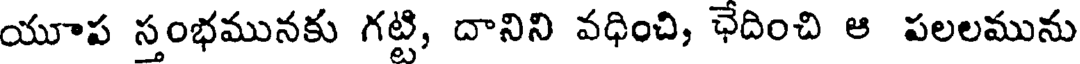
యూప స్తంభమునకు గట్టి, దానిని వధించి, ఛేదించి ఆ పలలమును